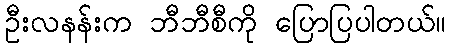
ဦးလနန်းက ဘီဘီစီကို ပြောပြပါတယ်။